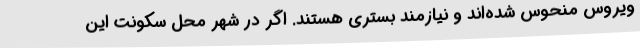
ویروس منحوس شده‌اند و نیازمند بستری هستند. اگر در شهر محل سکونت این